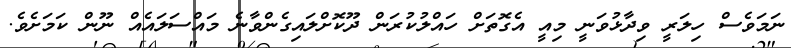
ނަމަވެސް ހިލަރީ ވިދާޅުވަނީ މިއީ އެގޮތަށް ހައްލުކުރަން ދޫކޮށްލައިގެންވާނެ މައްސަލައެއް ނޫން ކަމަށެވެ.